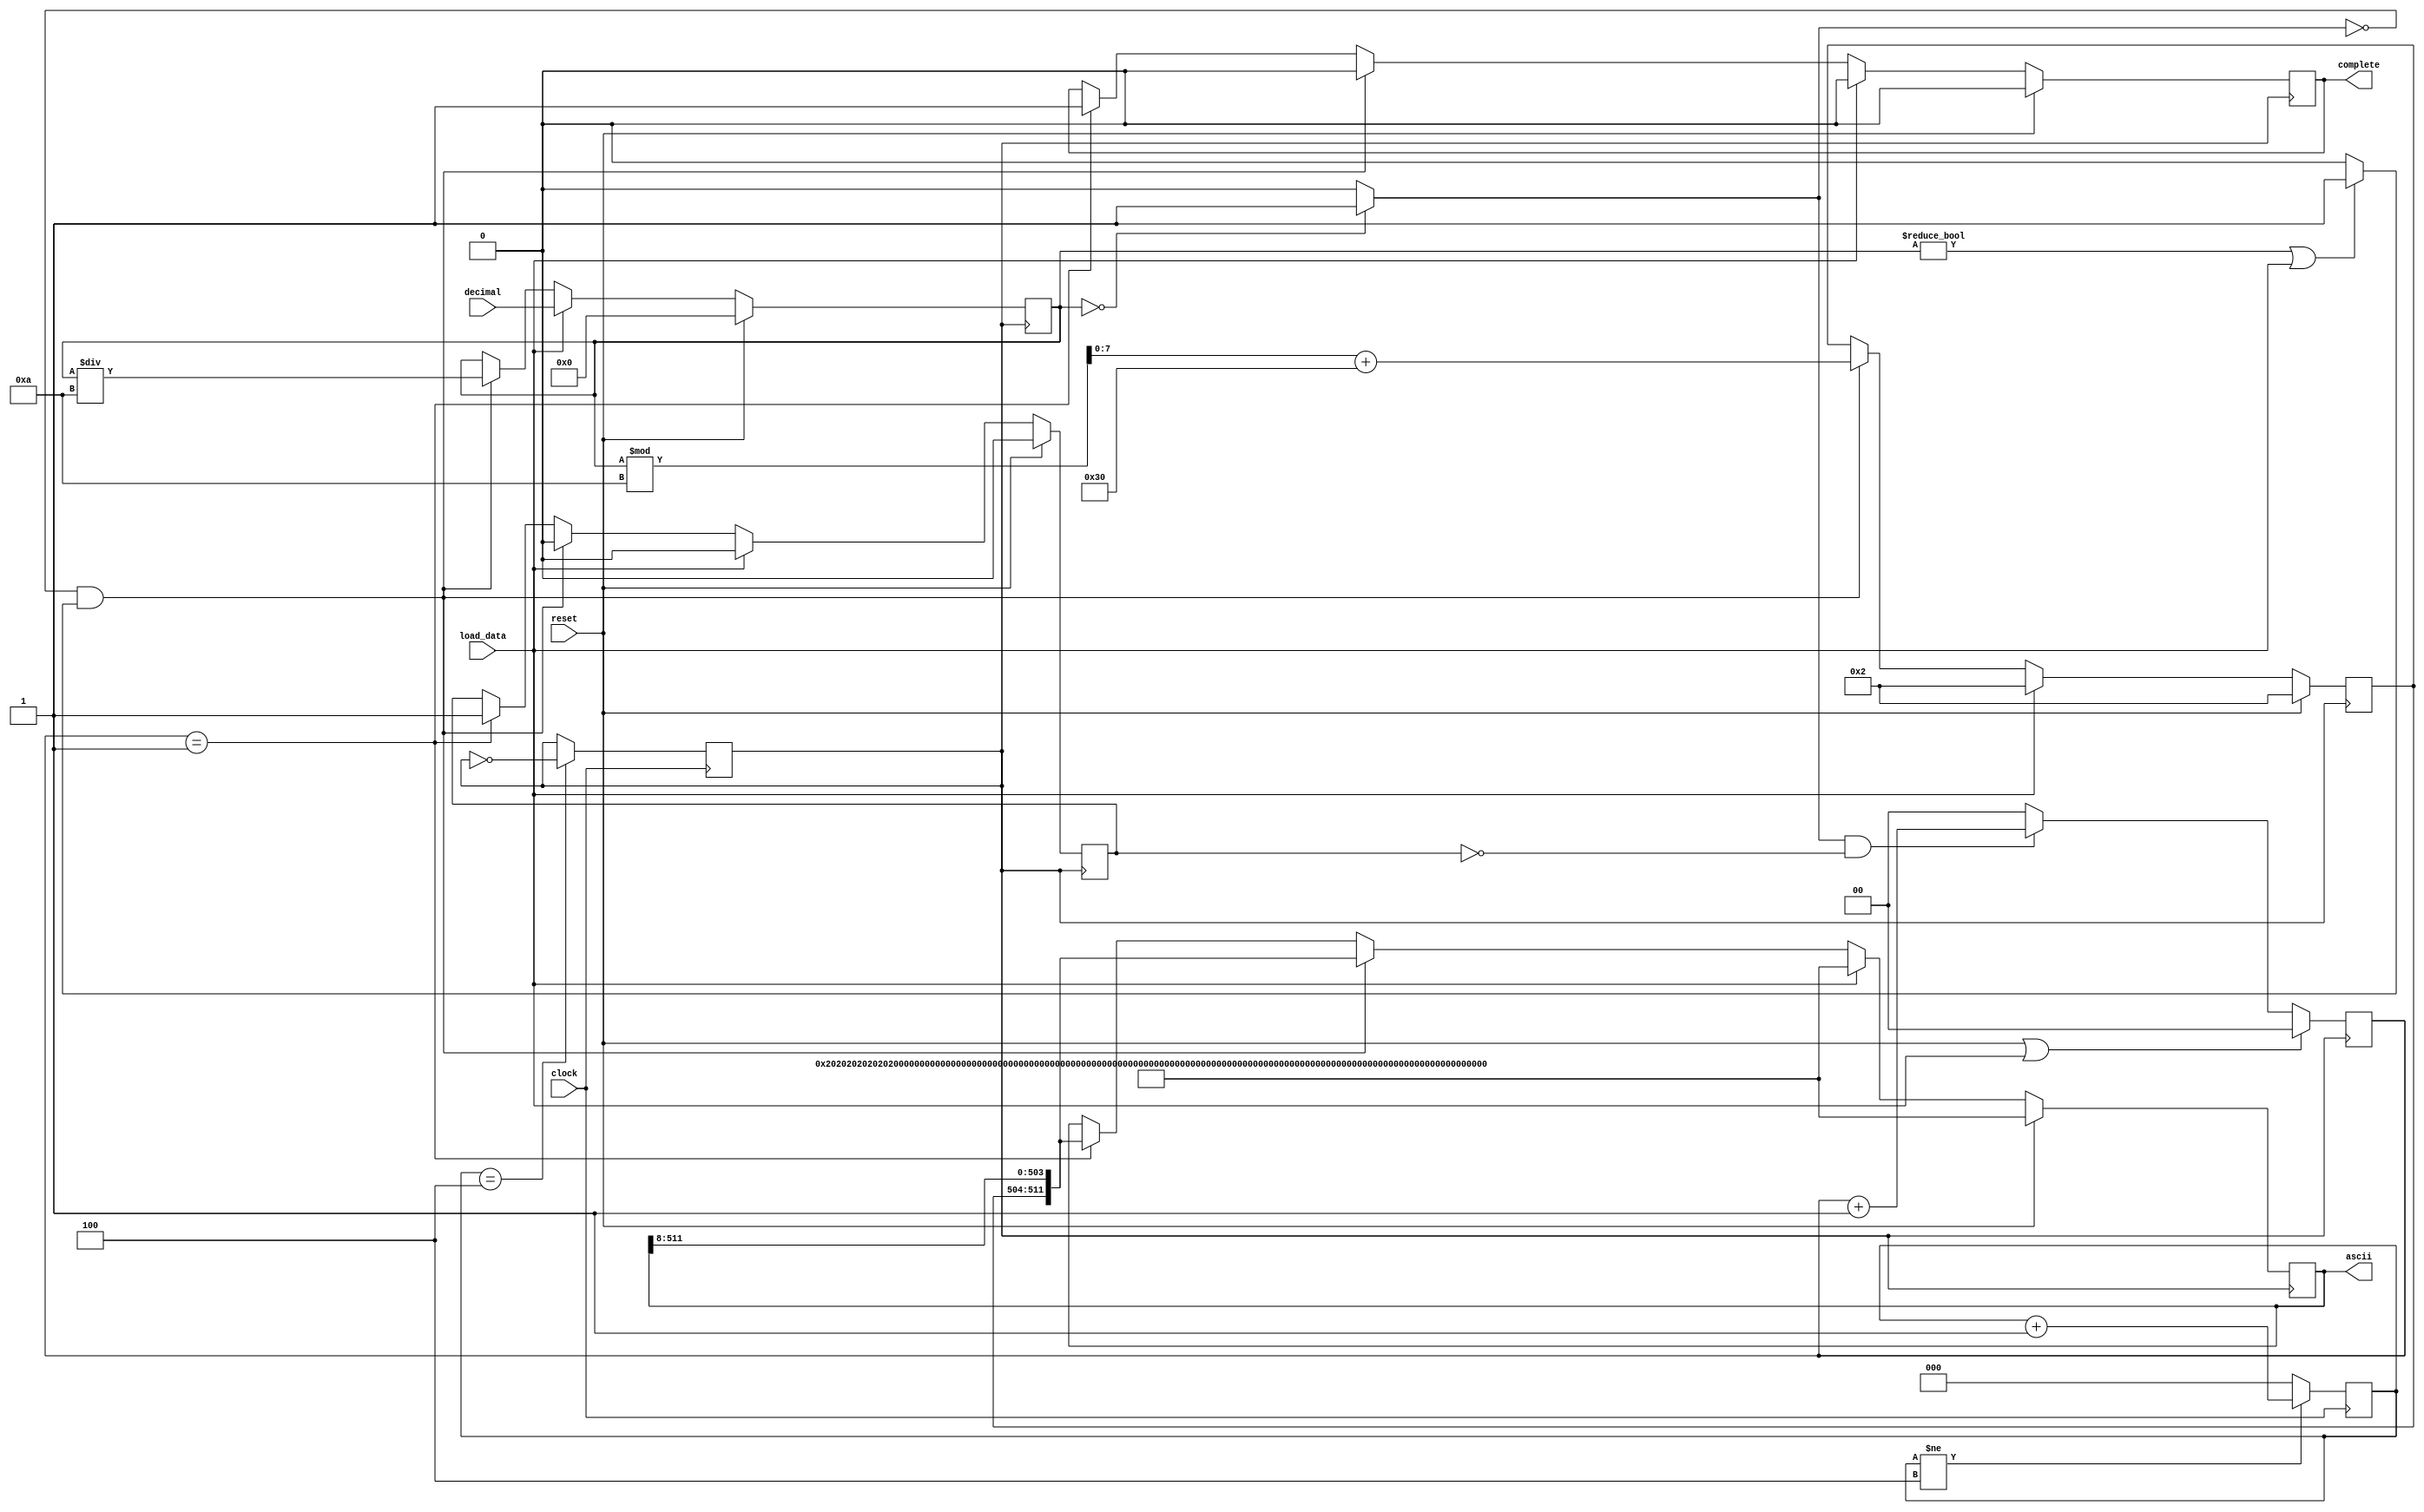

module decimal_to_ascii(
    
    input         [31:0] decimal,
    input              load_data,
    input                  clock,      //100MHz onboard clock
    input                  reset,
    output reg          complete,
    output reg    [511:0]  ascii
);

reg [7:0]          temp;
reg [31:0]  decimal_temp;
reg [1:0]        counter;
wire                done;
reg               flag;

reg clock_10;               // 10 MHZ
reg [2:0] counter_clock ;


assign done = (decimal_temp == 32'd0) ? 1'b1 : 1'b0 ;
assign start =((decimal_temp != 32'd0)| load_data ) ? 1'b1 : 1'b0 ;


always @(posedge clock)
begin
    if(counter_clock != 4)
        counter_clock <= counter_clock + 1;
    else
        counter_clock <= 0;
end

initial
    clock_10 <= 0;

always @(posedge clock)
begin
    if(counter_clock == 4)
        clock_10 <= ~clock_10;
end



always @(posedge clock_10) begin
    
        if (reset)
          begin
              ascii        <= {64{8'h02}};   // initial all 64 digits is spaces
              temp         <=      8'd02 ;
              decimal_temp <=      32'd0 ;
              complete     <=        1'b0;
              flag         <=        1'b0; 
 


          end
          else if (load_data) 
          begin
             decimal_temp <=    decimal ;
             ascii        <= {64{8'h02}};   // initial all 64 digits is spaces
             temp         <=      8'd02 ;
             complete     <=        1'b0; 
             flag         <=        1'b0; 

            
            
           end 
         else if ((~done) & start) 
          begin
             flag         <=                         1'b0; 
             temp         <= (decimal_temp % 10) + 8'd48 ;
             complete     <=                         1'b0; 
             decimal_temp <=           decimal_temp / 10 ;
             ascii        <=         {temp,ascii[511:8]} ;
           end 
        else if (counter == 2'b1) 
          begin
             ascii    <= {temp,ascii[511:8]} ;
             complete <=                1'b1 ;
             flag     <=                1'b1 ; 
           end 
end

always @(posedge clock_10) begin 
  if(reset | load_data) begin
     counter <= 2'b0;
  end else if (done && ~flag ) begin
     counter <= counter + 1;
  end else begin
    counter <= 2'b0;
  end
      
end


endmodule